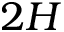
2 H